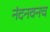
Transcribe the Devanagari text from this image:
नंदनवनच